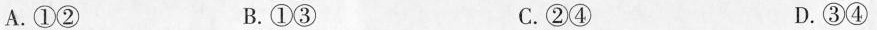
A.①② B.①③ C.②④ D.③④